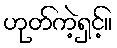
ဟုတ်ကဲ့ရှင့်။